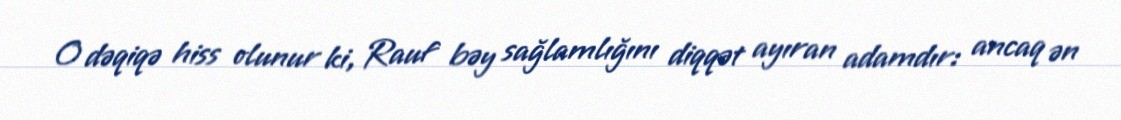
O dəqiqə hiss olunur ki, Rauf bəy sağlamlığını diqqət ayıran adamdır: ancaq ən